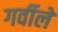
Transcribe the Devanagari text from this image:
गर्वीले